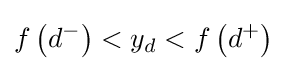
f\left(d^{-}\right)<y_{d}<f\left(d^{+}\right)